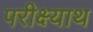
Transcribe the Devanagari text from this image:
परीक्ष्याथ